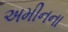
અમીનના